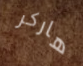
هاركر